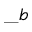
\_ b